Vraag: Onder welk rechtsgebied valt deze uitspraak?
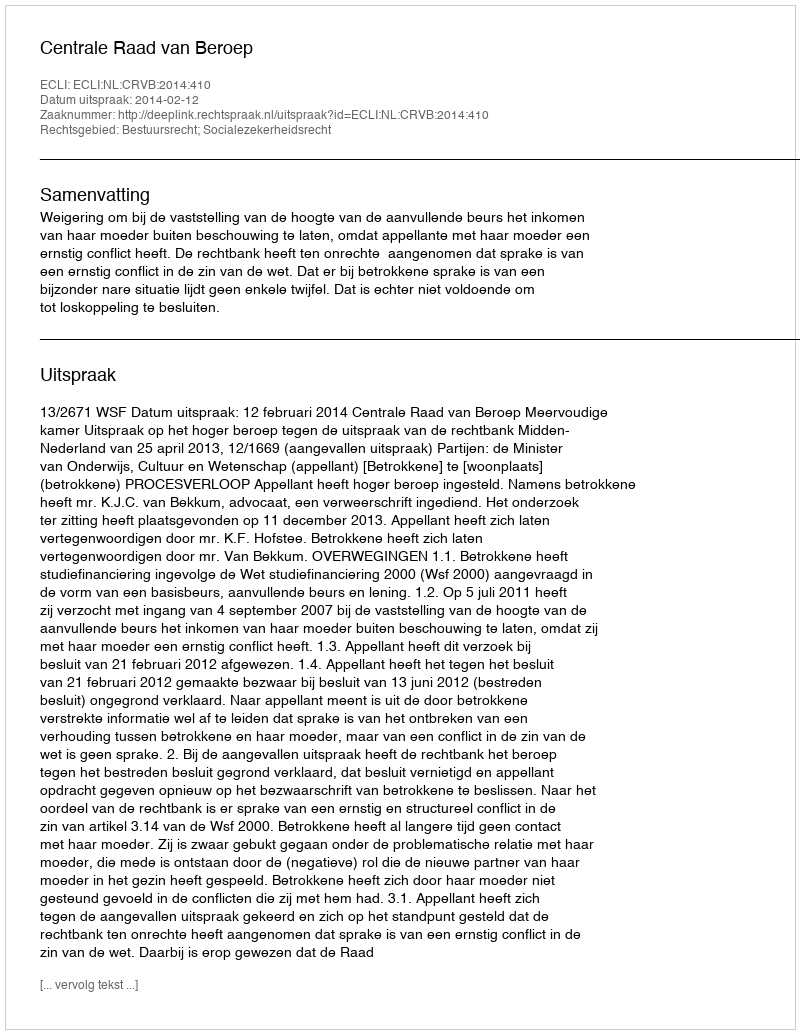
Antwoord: Bestuursrecht; Socialezekerheidsrecht